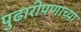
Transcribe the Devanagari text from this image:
पुढारीपणाच्या